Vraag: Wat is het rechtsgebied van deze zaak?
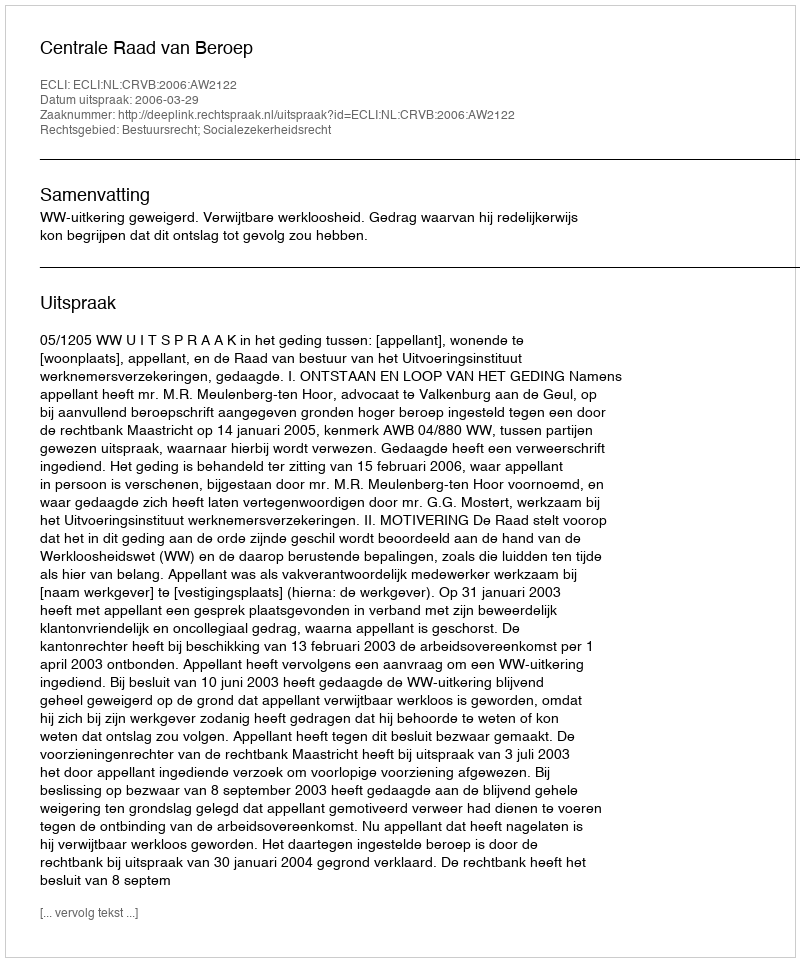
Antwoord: Bestuursrecht; Socialezekerheidsrecht